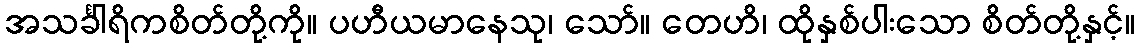
အသင်္ခါရိကစိတ်တို့ကို။ ပဟီယမာနေသု၊ သော်။ တေဟိ၊ ထိုနှစ်ပါးသော စိတ်တို့နှင့်။